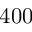
4 0 0